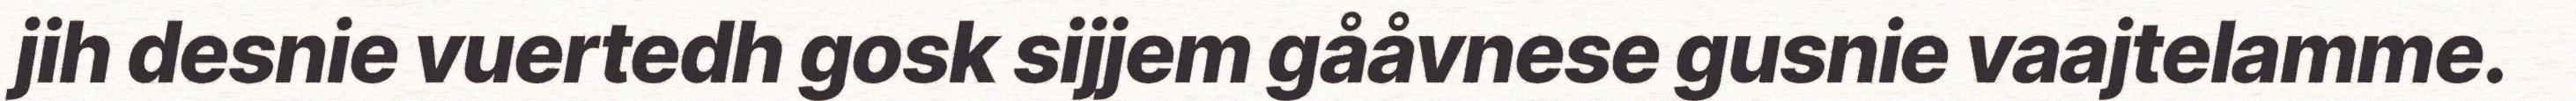
jih desnie vuertedh gosk sijjem gååvnese gusnie vaajtelamme.